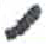
אות: ,